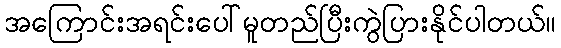
အကြောင်းအရင်းပေါ်မူတည်ပြီးကွဲပြားနိုင်ပါတယ်။